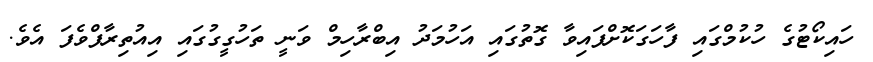
ހައިކޯޓުގެ ހުކުމްގައި ފާހަގަކޮށްފައިވާ ގޮތުގައި އަހުމަދު އިބްރާހިމް ވަނީ ތަހުގީގުގައި އިއުތިރާފްވެފަ އެވެ.